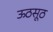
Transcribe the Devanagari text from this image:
ऊठसूठ